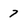
Character: 7